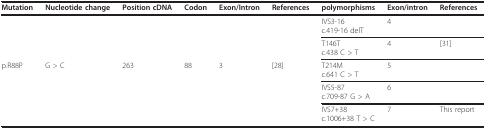
<table><thead><tr><td><b>Mutation</b></td><td><b>Nucleotide change</b></td><td><b>Position cDNA</b></td><td><b>Codon</b></td><td><b>Exon/Intron</b></td><td><b>References</b></td><td><b>polymorphisms</b></td><td><b>Exon/intron</b></td><td><b>References</b></td></tr></thead><tbody><tr><td></td><td></td><td></td><td></td><td></td><td></td><td>IVS3-16c.419-16 delT</td><td>4</td><td></td></tr><tr><td></td><td></td><td></td><td></td><td></td><td></td><td>T146Tc.438 C &gt; T</td><td>4</td><td>[31]</td></tr><tr><td>p.R88P</td><td>G &gt; C</td><td>263</td><td>88</td><td>3</td><td>[28]</td><td>T214Mc.641 C &gt; T</td><td>5</td><td></td></tr><tr><td></td><td></td><td></td><td></td><td></td><td></td><td>IVS5-87c.709-87 G &gt; A</td><td>6</td><td></td></tr><tr><td></td><td></td><td></td><td></td><td></td><td></td><td>IVS7+38c.1006+38 T &gt; C</td><td>7</td><td>This report</td></tr></tbody></table>